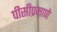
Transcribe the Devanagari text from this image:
पीसीप्रमाणे